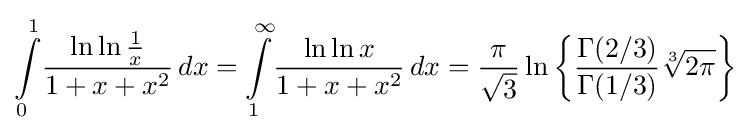
\int \limits _{0}^{1}\!{\frac {\ln \ln {\frac {1}{x}}}{1+x+x^{2}}}\,dx=\int \limits _{1}^{\infty }\!{\frac {\ln \ln {x}}{1+x+x^{2}}}\,dx={\frac {\pi }{\sqrt {3}}}\ln {\biggl \{}{\frac {\Gamma {(2/3)}}{\Gamma {(1/3)}}}{\sqrt[{3}]{2\pi }}{\biggr \}}